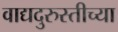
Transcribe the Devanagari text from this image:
वाद्यदुरुस्तीच्या